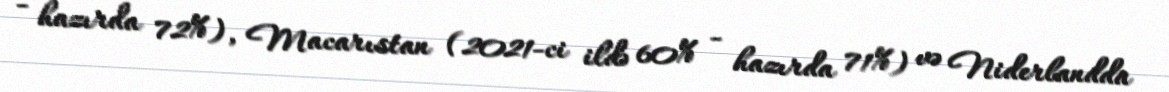
- hazırda 72%), Macarıstan (2021-ci ildə 60% - hazırda 71%) və Niderlandda